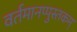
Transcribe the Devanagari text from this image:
वर्तमानप्पुस्तकम्